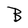
Character: B